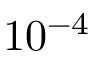
1 0 ^ { - 4 }